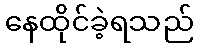
နေထိုင်ခဲ့ရသည်